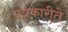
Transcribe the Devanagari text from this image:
पत्रकारीते